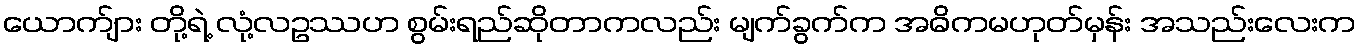
ယောက်ျား တို့ရဲ့ လုံ့လဥဿဟ စွမ်းရည်ဆိုတာကလည်း မျက်ခွက်က အဓိကမဟုတ်မှန်း အသည်းလေးက